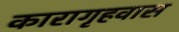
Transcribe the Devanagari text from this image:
कारागृहवास